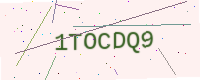
Text: 1TOCDQ9